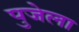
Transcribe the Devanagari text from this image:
पुजेला